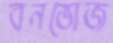
বনভোজ